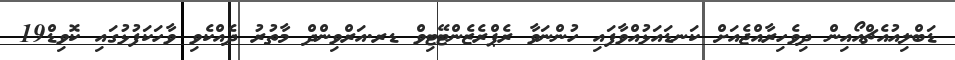
ޑަބްލިއުއެޗްއޯއިން ދިވެހިރާއްޖެއަށް ކަނޑައަޅުއްވާފައި ހުންނަވާ ރެޕްރެޒެންޓޭޓިވް ޑރ.އަރްވިންދް މާތުރު ދެއްކެވި ވާހަކަފުޅުގައި ކޮވިޑް19